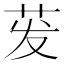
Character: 𬜧